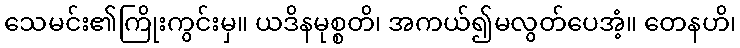
သေမင်း၏ကြိုးကွင်းမှ။ ယဒိနမုစ္စတိ၊ အကယ်၍မလွတ်ပေအံ့။ တေနဟိ၊